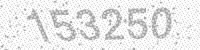
Solution: 153250